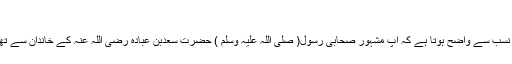
‘‘
اس نسب سے واضح ہوتا ہے کہ آپ مشہور صحابی رسول( صلی اللہ علیہ وسلم ) حضرت سعدبن عبادہ رضی اللہ عنہ کے خاندان سے تھے۔